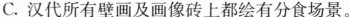
C.汉代所有壁画及画像砖上都绘有分食场景。